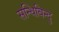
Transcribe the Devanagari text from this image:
सन्धिबिन्दु